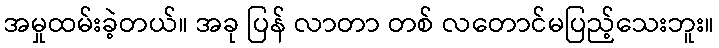
အမှုထမ်းခဲ့တယ်။ အခု ပြန် လာတာ တစ် လတောင်မပြည့်သေးဘူး။